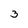
Character: 3